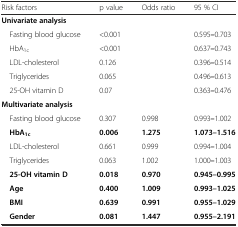
<table><thead><tr><td><b>Risk factors</b></td><td><b>p value</b></td><td><b>Odds ratio</b></td><td><b>95 % CI</b></td></tr></thead><tbody><tr><td><b>Univariate analysis</b></td><td></td><td></td><td></td></tr><tr><td> Fasting blood glucose</td><td>&lt;0.001</td><td></td><td>0.595<b>–</b>0.703</td></tr><tr><td> HbA<sub>1c</sub></td><td>&lt;0.001</td><td></td><td>0.637<b>–</b>0.743</td></tr><tr><td> LDL-cholesterol</td><td>0.126</td><td></td><td>0.396<b>–</b>0.514</td></tr><tr><td> Triglycerides</td><td>0.065</td><td></td><td>0.496<b>–</b>0.613</td></tr><tr><td> 25-OH vitamin D</td><td>0.07</td><td></td><td>0.363<b>–</b>0.476</td></tr><tr><td><b>Multivariate analysis</b></td><td></td><td></td><td></td></tr><tr><td> Fasting blood glucose</td><td>0.307</td><td>0.998</td><td>0.993<b>–</b>1.002</td></tr><tr><td> <b>HbA</b><sub><b>1c</b></sub></td><td><b>0.006</b></td><td><b>1.275</b></td><td><b>1.073–1.516</b></td></tr><tr><td> LDL-cholesterol</td><td>0.661</td><td>0.999</td><td>0.994<b>–</b>1.004</td></tr><tr><td> Triglycerides</td><td>0.063</td><td>1.002</td><td>1.000<b>–</b>1.003</td></tr><tr><td> <b>25-OH vitamin D</b></td><td><b>0.018</b></td><td><b>0.970</b></td><td><b>0.945–0.995</b></td></tr><tr><td> <b>Age</b></td><td><b>0.400</b></td><td><b>1.009</b></td><td><b>0.993–1.025</b></td></tr><tr><td> <b>BMI</b></td><td><b>0.639</b></td><td><b>0.991</b></td><td><b>0.955–1.029</b></td></tr><tr><td> <b>Gender</b></td><td><b>0.081</b></td><td><b>1.447</b></td><td><b>0.955–2.191</b></td></tr></tbody></table>